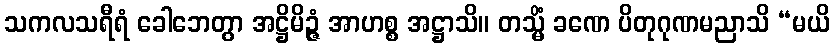
သကလသရီရံ ခေါဘေတွာ အဋ္ဌိမိဉ္ဇံ အာဟစ္စ အဋ္ဌာသိ။ တသ္မိံ ခဏေ ပိတုဂုဏမညာသိ “မယိ